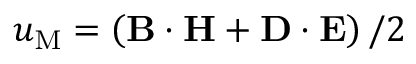
u _ { \mathrm { M } } = \left( { \bf B } \cdot { \bf H } + { \bf D } \cdot { \bf E } \right) / 2